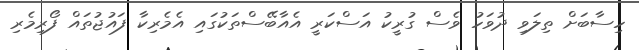
ހިސާބަށް ތިލަވި ދުވަހު ވެސް ގުރީކު އަސްކަރީ އެއާބޭސްތަކުގައި އެމެރިކާ ފައުޖުތައް ފޯރިމެރި